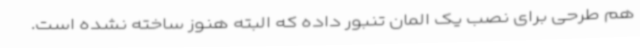
هم طرحی برای نصب یک المان تنبور داده که البته هنوز ساخته نشده است.